Lunatic asylums Central Provinces reports 1910-1926 - 1910-1926
Year: 1910
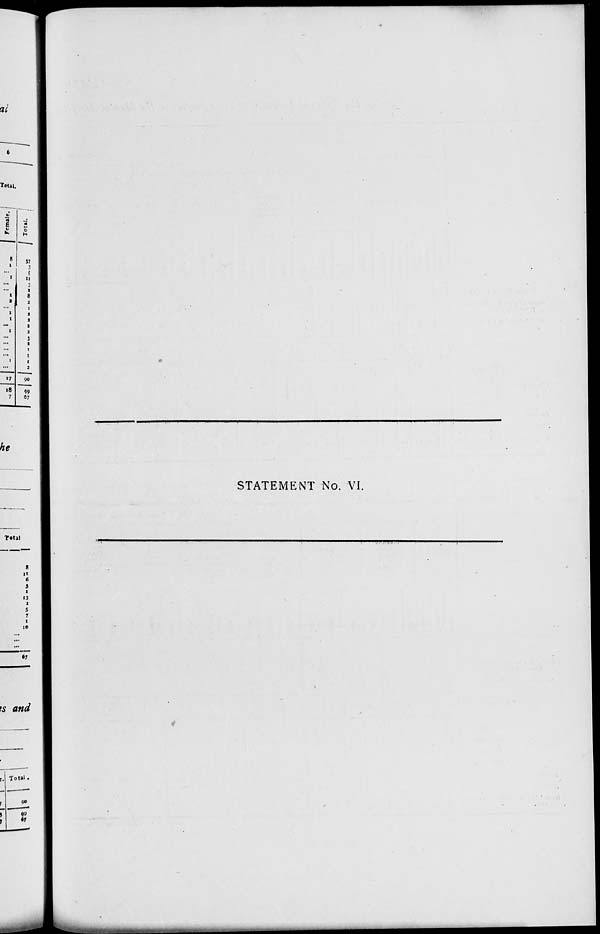
STATEMENT No. VI.